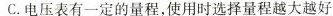
C.电压表有一定的量程，使用时选择量程越大越好